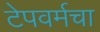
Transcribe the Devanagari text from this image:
टेपवर्मचा